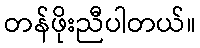
တန်ဖိုးညီပါတယ်။